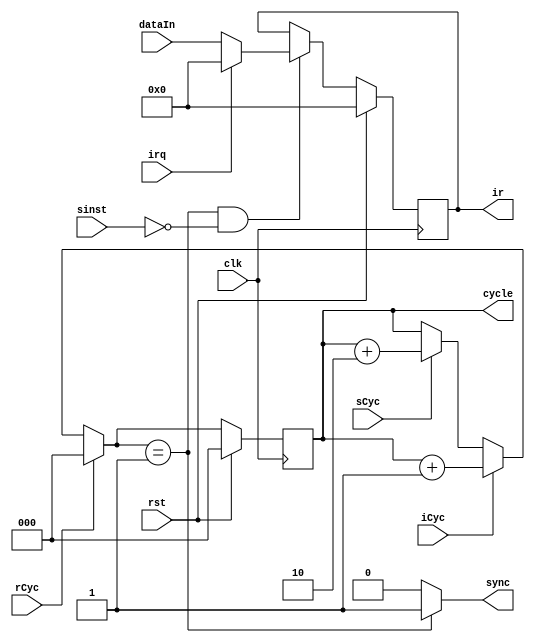
	/******************** INSTRUCTION AND CYCLE CONTROLLER ****************
	* inputs: dataIn- 8bit data received from the data bus
	*	clock input(clk)
	*	control signals: interrupt signal(irq),reset(rst),increment
	*		timing cycle(iCyc), skip one timing cycle(sCyc),
	*		reset cycle(rCyc)...
	*		skip instruction fetch cycle(sinst)
	* outputs: 8bit instruction(ir)
	*	3bit timing cycle
	**********************************************************************/

	`timescale 10ns/1ns

	module instctrl(
		input[7:0] dataIn,
		input clk,irq,rst,iCyc,rCyc,sCyc,sinst,
		output sync,
		output reg[7:0] ir,
		output reg[2:0] cycle);
	wire[7:0] opcode;
	wire[2:0] nxtcycle;
	reg clk1;

	always@(clk)
	begin
		#1 clk1 <= clk;
	end

	assign nxtcycle = rCyc ? 3'b000
				: iCyc ? cycle + 3'b001
				: sCyc ? cycle + 3'b010
				: cycle;

	assign opcode = (nxtcycle == 3'b001 & ~sinst) ? (irq ? 8'h00 : dataIn): ir;
	assign sync = (nxtcycle == 3'b001) ? 1'b1 : 1'b0;

	always@(posedge clk1)
	begin
		if(rst)
		begin
			cycle<=3'b000;
			ir<=8'h00;
		end

		else
		begin
			cycle <= nxtcycle;
			ir <= opcode;
		end
	end
	endmodule

	module predecodereg(
		input[7:0] datain,
		input clk,
		output[7:0] dataout);
	reg[7:0] store;

	assign dataout = store;

	always@(posedge clk) 
	begin
		store <= datain;
	end
	endmodule